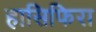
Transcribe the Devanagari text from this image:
हासिफिरा